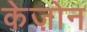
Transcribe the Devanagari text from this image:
केज़ोन